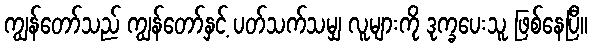
ကျွန်တော်သည် ကျွန်တော်နှင့် ပတ်သက်သမျှ လူများကို ဒုက္ခပေးသူ ဖြစ်နေပြီ။